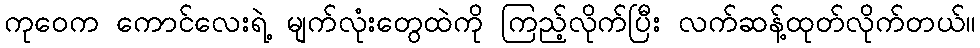
ကုဝေက ကောင်လေးရဲ့ မျက်လုံးတွေထဲကို ကြည့်လိုက်ပြီး လက်ဆန့်ထုတ်လိုက်တယ်။